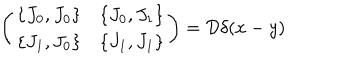
\left( \begin{array} { c c } { { \{ J _ { 0 } , J _ { 0 } \} } } & { { \{ J _ { 0 } , J _ { 1 } \} } } \\ { { \{ J _ { 1 } , J _ { 0 } \} } } & { { \{ J _ { 1 } , J _ { 1 } \} } } \\ \end{array} \right) = { \cal D } \delta ( x - y )